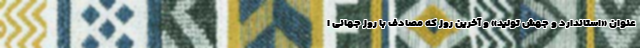
عنوان «استاندارد و جهش تولید» و آخرین روز که مصادف با روز جهانی ا